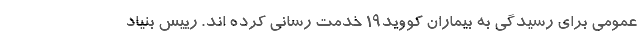
عمومی برای رسیدگی به بیماران کووید۱۹ خدمت رسانی کرده اند. رییس بنیاد